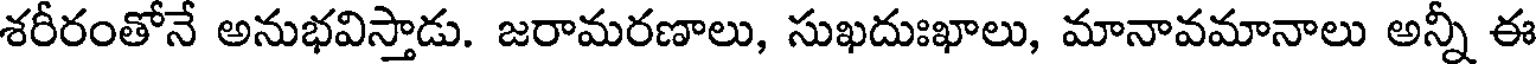
శరీరంతోనే అనుభవిస్తాడు. జరామరణాలు, సుఖదుఃఖాలు, మానావమానాలు అన్నీ ఈ